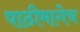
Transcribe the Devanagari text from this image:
पाठीमागेच